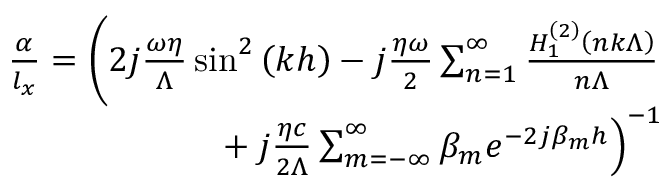
\begin{array} { r } { \frac { \alpha } { l _ { x } } = \left( 2 j \frac { \omega \eta } { \Lambda } \sin ^ { 2 } \left( k h \right) - j \frac { \eta \omega } { 2 } \sum _ { n = 1 } ^ { \infty } \frac { H _ { 1 } ^ { \left( 2 \right) } \left( n k \Lambda \right) } { n \Lambda } \right. } \\ { \quad \left. { } + j \frac { \eta c } { 2 \Lambda } \sum _ { m = - \infty } ^ { \infty } \beta _ { m } e ^ { - 2 j \beta _ { m } h } \right) ^ { - 1 } } \end{array}